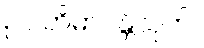
ဥပါတိဓာဝန္တိသုတ်။